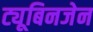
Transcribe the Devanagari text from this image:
ट्यूबिनजेन